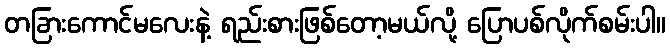
တခြားကောင်မလေးနဲ့ ရည်းစားဖြစ်တော့မယ်လို့ ပြောပစ်လိုက်စမ်းပါ။